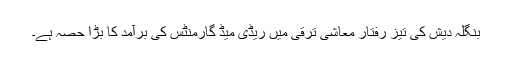
بنگلہ دیش کی تیز رفتار معاشی ترقی میں ریڈی میڈ گارمنٹس کی برآمد کا بڑا حصہ ہے۔